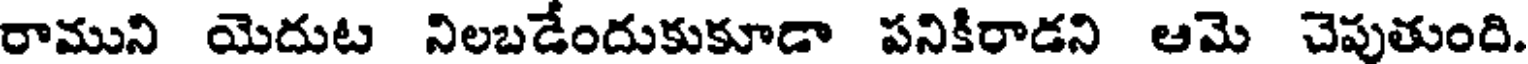
రాముని యెదుట నిలబడేందుకుకూడా పనికిరాడని ఆమె చెపుతుంది.